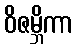
ဝိဇမ္ဘိကာ